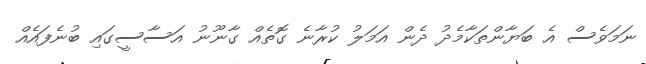
ނަމަވެސް އެ ބަޔާންތަކާމެދު ދެން އަމަލު ކުރާނެ ގޮތެއް ގާނޫނު އަސާސީގައި ބުނެފައެއް